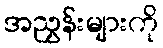
အညွှန်းများကို